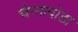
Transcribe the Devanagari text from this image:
चेन्‍नापोडा